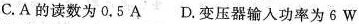
C. A的读数为0.5 A D. 变压器输入功率为 6 W